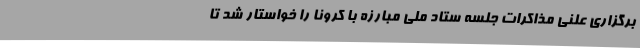
برگزاری علنی مذاکرات جلسه ستاد ملی مبارزه با کرونا را خواستار شد تا